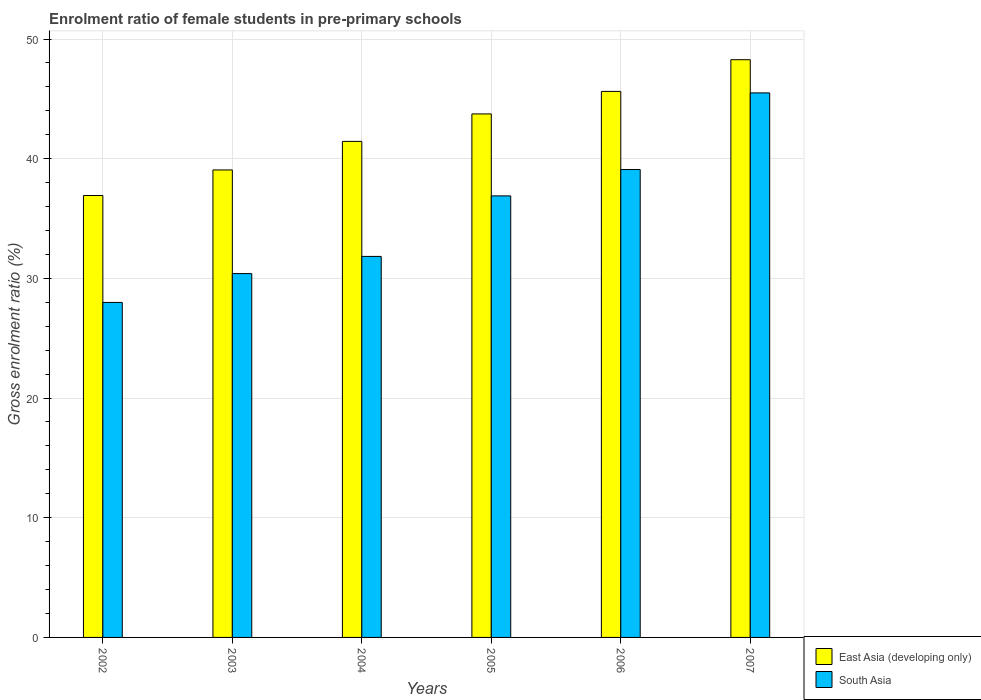
| Years | East Asia (developing only) | South Asia |
 | --- | --- | --- |
 | 2002 | 36.9 | 28 |
 | 2003 | 39.1 | 30.4 |
 | 2004 | 41.4 | 31.8 |
 | 2005 | 43.7 | 36.9 |
 | 2006 | 45.6 | 39.1 |
 | 2007 | 48.3 | 45.5 |